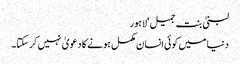
لبنیٰ بنت جمیل‘لاہور
دنیا میں کوئی انسان مکمل ہونے کا دعویٰ نہیں کرسکتا۔